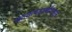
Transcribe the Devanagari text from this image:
घटकपदार्थांपासून